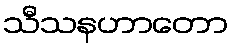
သီသနဟာတော